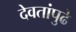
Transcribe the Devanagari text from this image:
देवतांपुढे